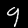
Label: 9